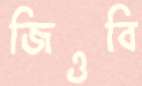
জিওবি